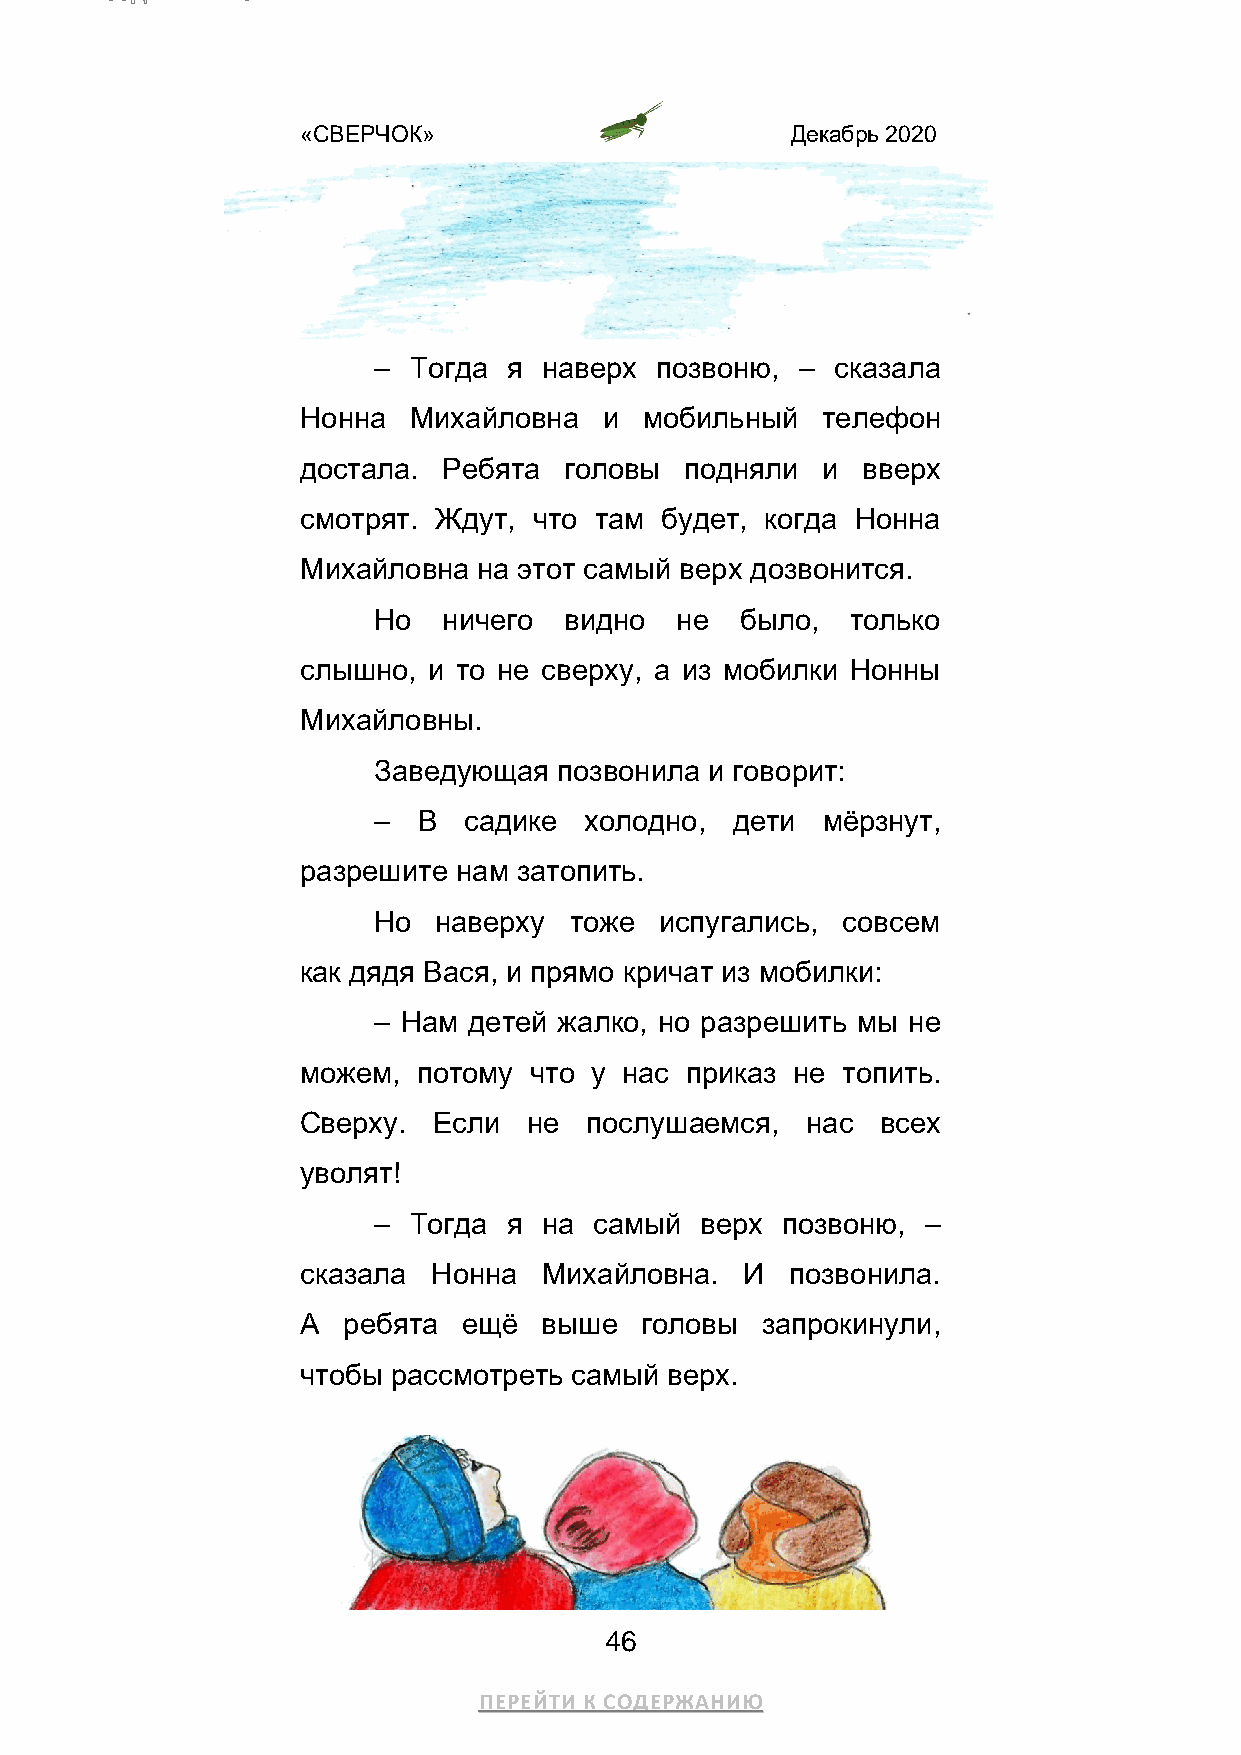
«СВЕРЧОК»                       Декабрь 2020
 – Тогда  я наверх позвоню,  – сказала
 Нонна  Михайловна   и  мобильный  телефон
 достала. Ребята  головы  подняли  и  вверх
 смотрят. Ждут, что там  будет, когда Нонна
 Михайловна  на этот самый верх дозвонится.
 Но  ничего  видно   не  было,  только
 слышно, и то не сверху, а из мобилки Нонны
 Михайловны.
 Заведующая  позвонила и говорит:
 –  В  садике  холодно, дети  мёрзнут,
 разрешите нам затопить.
 Но  наверху  тоже  испугались, совсем
 как дядя Вася, и прямо кричат из мобилки:
 – Нам детей жалко, но разрешить мы не
 можем,  потому что у нас приказ не  топить.
 Сверху.  Если  не  послушаемся,  нас  всех
 уволят!
 – Тогда  я на самый  верх  позвоню, –
 сказала  Нонна  Михайловна.  И  позвонила.
 А  ребята  ещё  выше  головы  запрокинули,
 чтобы рассмотреть самый верх.
 46
 ПЕРЕЙТИ К СОДЕРЖАНИЮ